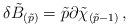
LaTeX: \begin{align*}\delta\tilde{B}_{(\tilde{p})} = \tilde{p}\partial\tilde{\chi}_{(\tilde{p}-1)}\, ,\end{align*}